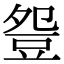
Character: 𧯡